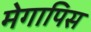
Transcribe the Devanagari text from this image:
मेगापिस